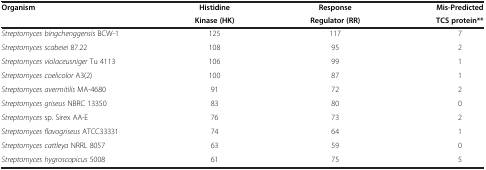
<table><thead><tr><td><b>Organism</b></td><td><b>Histidine</b></td><td><b>Response</b></td><td><b>Mis-Predicted</b></td></tr><tr><td><b> </b></td><td><b>Kinase (HK)</b></td><td><b>Regulator (RR)</b></td><td><b>TCS protein**</b></td></tr></thead><tbody><tr><td><i>Streptomyces bingchenggensis</i> BCW-1</td><td>125</td><td>117</td><td>7</td></tr><tr><td><i>Streptomyces scabeiei</i> 87.22</td><td>108</td><td>95</td><td>2</td></tr><tr><td><i>Streptomyces violaceusniger</i> Tu 4113</td><td>106</td><td>99</td><td>1</td></tr><tr><td><i>Streptomyces coelicolor</i> A3(2)</td><td>100</td><td>87</td><td>1</td></tr><tr><td><i>Streptomyces avermitilis</i> MA-4680</td><td>91</td><td>72</td><td>2</td></tr><tr><td><i>Streptomyces griseus</i> NBRC 13350</td><td>83</td><td>80</td><td>0</td></tr><tr><td><i>Streptomyces</i> sp<i>.</i> Sirex AA-E</td><td>76</td><td>73</td><td>2</td></tr><tr><td><i>Streptomyces flavogriseus</i> ATCC33331</td><td>74</td><td>64</td><td>1</td></tr><tr><td><i>Streptomyces cattleya</i> NRRL 8057</td><td>63</td><td>59</td><td>0</td></tr><tr><td><i>Streptomyces hygroscopicus</i> 5008</td><td>61</td><td>75</td><td>5</td></tr></tbody></table>